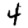
Digit: 4